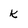
Character: k